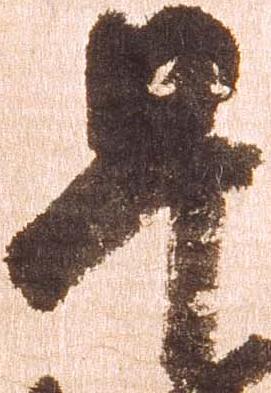
早